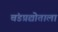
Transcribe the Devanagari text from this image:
चंडप्रद्योताला